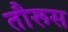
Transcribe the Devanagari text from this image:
तौरूस